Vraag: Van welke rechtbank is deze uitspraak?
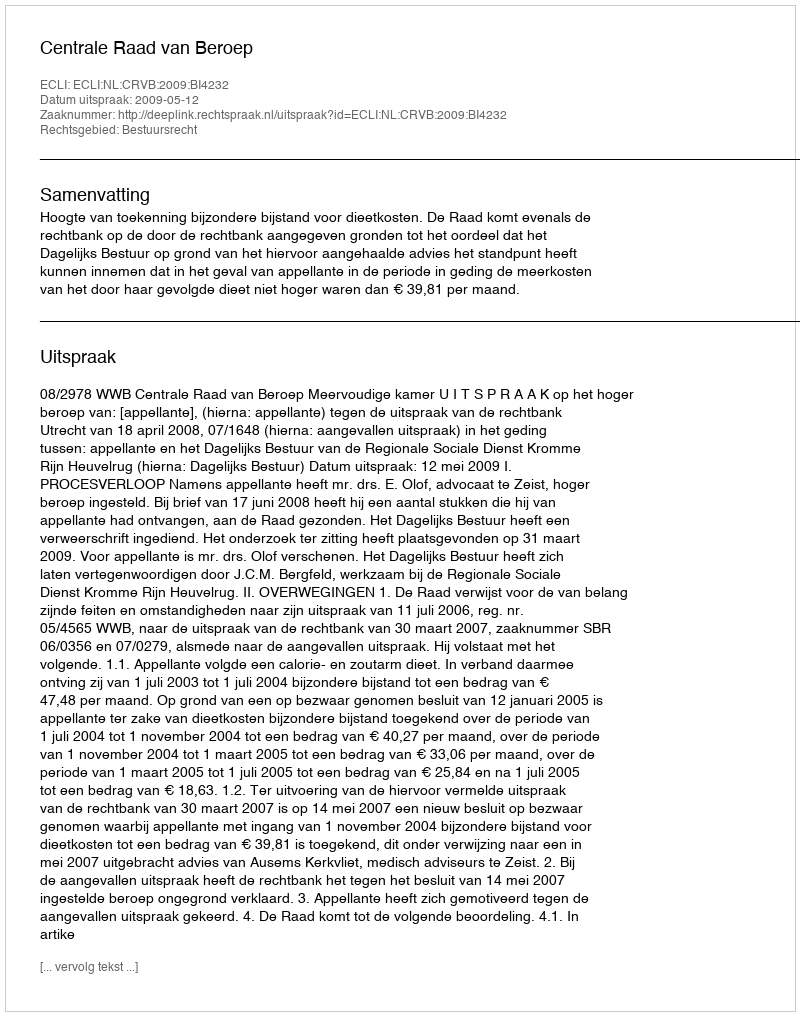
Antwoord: Centrale Raad van Beroep